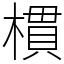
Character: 樌